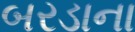
બરડાના